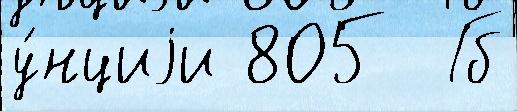
у́нциjи 805  Гб